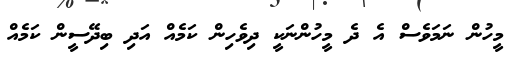
މީހުން ނަމަވެސް އެ ދެ މީހުންނަކީ ދިވެހިން ކަމެއް އަދި ބިދޭސީން ކަމެއް